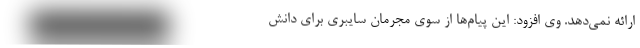
ارائه نمی‌دهد. وی افزود: این پیام‌ها از سوی مجرمان سایبری برای دانش